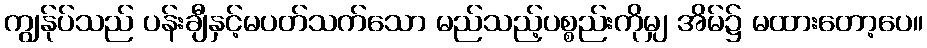
ကျွန်ုပ်သည် ပန်းချီနှင့်မပတ်သက်သော မည်သည့်ပစ္စည်းကိုမျှ အိမ်၌ မထားတော့ပေ။